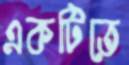
একটিতে